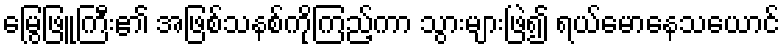
မြွေဖြူကြီး၏ အဖြစ်သနစ်ကိုကြည့်ကာ သွားများဖြဲ၍ ရယ်မောနေသယောင်